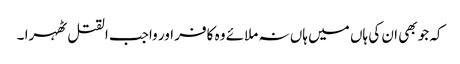
کہ جو بھی ان کی ہاں میں ہاں نہ ملائے وہ کافر اور واجب القتل ٹھہرا ۔